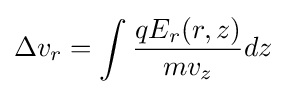
\Delta v_{r}=\int {\frac {qE_{r}(r,z)}{mv_{z}}}dz